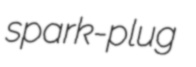
spark-plug